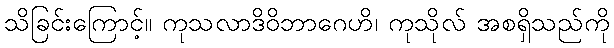
သိခြင်းကြောင့်။ ကုသလာဒိဝိဘာဂေဟိ၊ ကုသိုလ် အစရှိသည်ကို